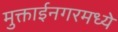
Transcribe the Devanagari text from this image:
मुक्ताईनगरमध्ये